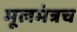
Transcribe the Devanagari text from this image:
मूलमंत्रच